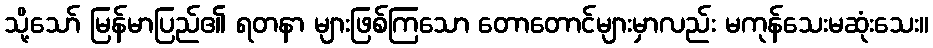
သို့သော် မြန်မာပြည်၏ ရတနာ များဖြစ်ကြသော တောတောင်များမှာလည်း မကုန်သေးမဆုံးသေး။